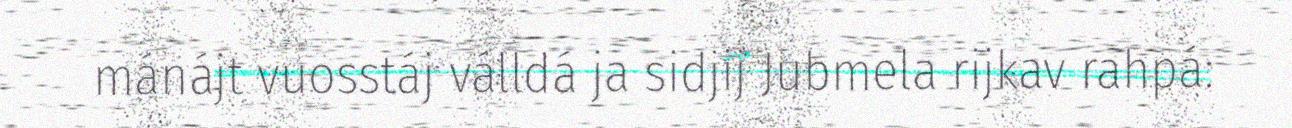
mánájt vuosstáj válldá ja sidjij Jubmela rijkav rahpá: